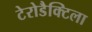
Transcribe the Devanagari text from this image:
टेरोडैक्टिला